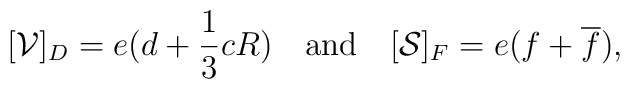
[{\cal V}]_{D} = e(d+{1 \over 3} cR) ~~\hbox{ and }~~[{\cal S}]_{F} = e(f+\overline f),